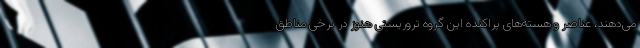
می‌دهند، عناصر و هسته‌های پراکنده این گروه تروریستی هنوز در برخی مناطق